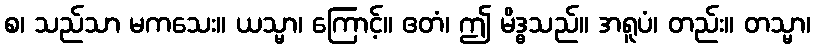
စ၊ သည်သာ မကသေး။ ယသ္မာ၊ ကြောင့်။ ဧတံ၊ ဤ မိဒ္ဓသည်။ အရူပံ၊ တည်း။ တသ္မာ၊